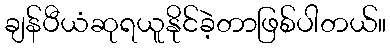
ချန်ပီယံဆုရယူနိုင်ခဲ့တာဖြစ်ပါတယ်။